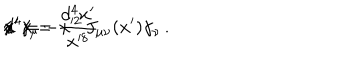
LaTeX: d ^ { 4 } x = \frac { d ^ { 4 } x ^ { \prime } } { x ^ { 8 } } \hspace { 1 c m } / \hspace { - 2 m m } x ^ { \prime } \gamma _ { \mu } / \hspace { - 2 m m } x ^ { \prime } = - x ^ { 2 } \, J _ { \mu \nu } ( x ^ { \prime } ) \gamma _ { \nu } \, .